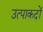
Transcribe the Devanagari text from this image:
उत्पाकदों